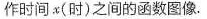
作时间x(时)之间的函数图像.